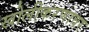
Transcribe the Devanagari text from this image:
खोलीकरणावर